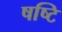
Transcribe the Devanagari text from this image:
षष्टि